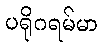
ပရိုဂရမ်မာ